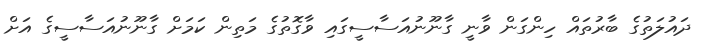
ދައުލަތުގެ ބާރުތައް ހިންގަން ވާނީ ގާނޫނުއަސާސީގައި ވާގޮތުގެ މަތިން ކަމަށް ގާނޫނުއަސާސީގެ އަށް